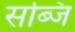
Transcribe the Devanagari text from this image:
सब्जि